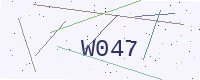
Text: W047